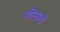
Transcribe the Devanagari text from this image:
पोरुये